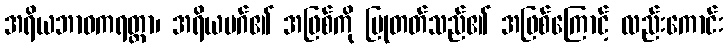
အရိယဘာဝကရတ္တာ၊ အရိယမဂ်၏ အဖြစ်ကို ပြုတတ်သည်၏ အဖြစ်ကြောင့် လည်းကောင်း